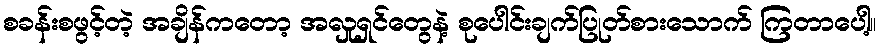
စခန်းစဖွင့်တဲ့ အချိန်ကတော့ အလှုရှင်တွေနဲ့ စုပေါင်းချက်ပြုတ်စားသောက် ကြတာပေါ့။